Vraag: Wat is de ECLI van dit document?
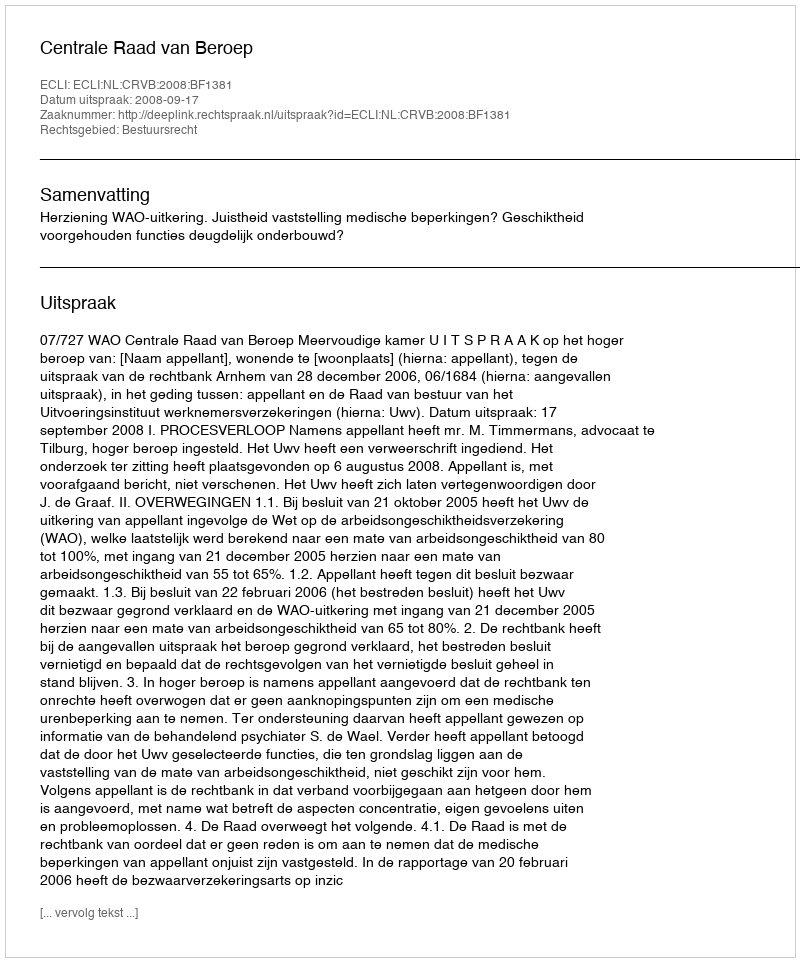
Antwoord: ECLI:NL:CRVB:2008:BF1381